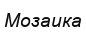
Мозаика